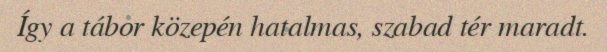
Így a tábor közepén hatalmas, szabad tér maradt.